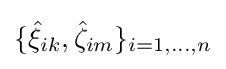
\{{\hat {\xi }}_{ik},{\hat {\zeta }}_{im}\}_{i=1,...,n}